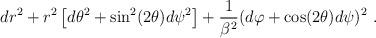
LaTeX: \begin{align*}dr^2 + r^2 \left[ d\theta^2 + \sin^2(2\theta) d\psi^2 \right] + \frac{1}{\beta^2} (d\varphi+\cos(2\theta)d\psi)^2~.\end{align*}